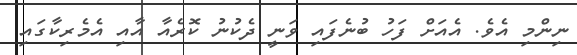
ނިންމި އެވެ. އެއަށް ފަހު ބުނެފައި ވަނީ ދެކުނު ކޮރެއާ އާއި އެމެރިކާގައި